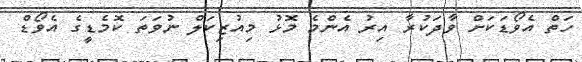
ހަތް އެވޯޑަކަށް ވާދަކުރާ އިރު އެންމެ މޮޅު މިއުޒިކަލް ނުވަތަ ކޮމެޑީގެ އެވޯޑް